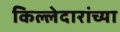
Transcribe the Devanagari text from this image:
किल्लेदारांच्या